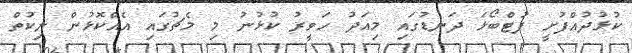
ކުޅުދުއްފުށީ ފުޓްބޯޅަ ދަނޑުގައި މިއަދު ހަވީރު ކުޅުނު މި މެޗުގައި އެއްކޮޅުން ނިކުތް